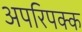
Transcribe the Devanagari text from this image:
अपरिपक्क